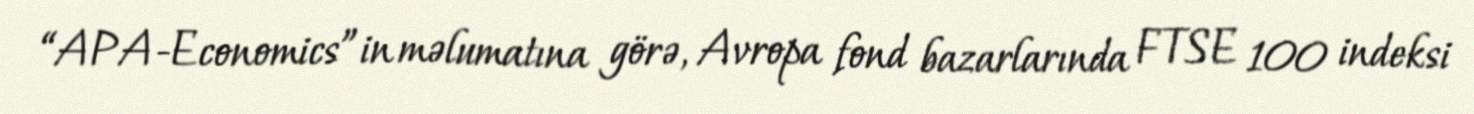
“APA-Economics”in məlumatına görə, Avropa fond bazarlarında FTSE 100 indeksi